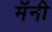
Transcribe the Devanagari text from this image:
मॅनी